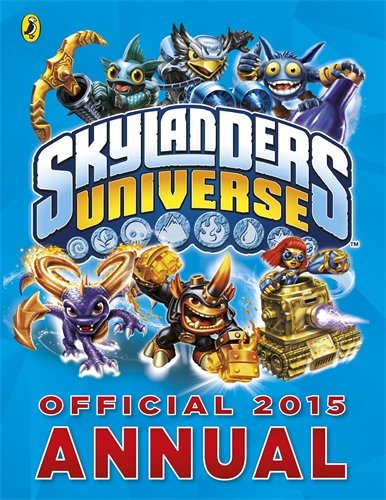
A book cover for Skylanders Official Annual 2015; Bbc Bbc; Children's Books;